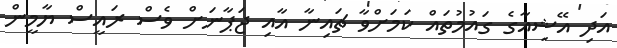
އަދި އޭޝިއާގެ ގައުމުތައް ކަމަށްވާ ޗައިނާ އާއި ޖަޕާނަށް ވެސް ރައީސް ޔާމީން